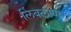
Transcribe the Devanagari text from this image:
लिंबलोण